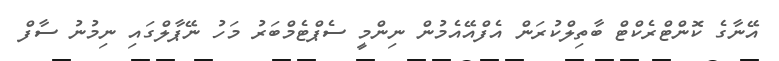
އޭނާގެ ކޮންޓްރެކްޓް ބާތިލްކުރަން އެފްއޭއެމުން ނިންމީ ސެޕްޓެމްބަރު މަހު ނޭޕާލްގައި ނިމުނު ސާފް